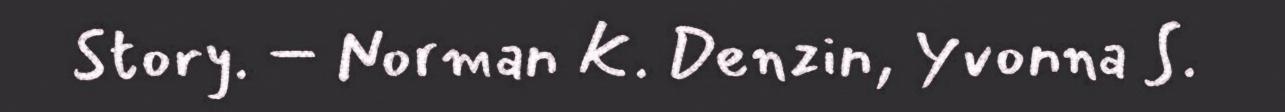
Story. – Norman K. Denzin, Yvonna S.